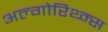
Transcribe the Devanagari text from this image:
अल्गोरिथ्म्स